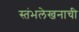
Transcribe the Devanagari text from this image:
स्तंभलेखनाची